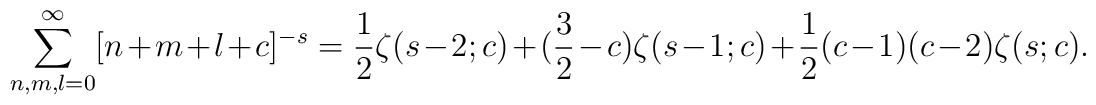
\sum_{n,m,l=0}^{\infty}[n+m+l+c]^{-s}=\frac{1}{2}\zeta(s-2;c) +(\frac{3}{2}-c)\zeta(s-1;c)+\frac{1}{2}(c-1)(c-2)\zeta(s;c).